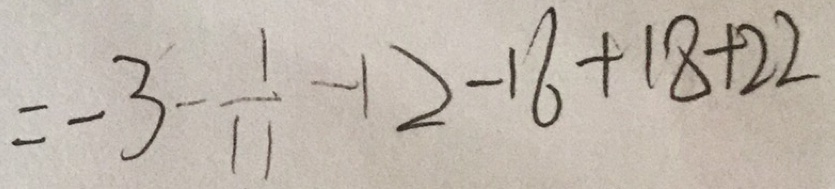
= - 3 - \frac { 1 } { 1 1 } - 1 2 - 1 6 + 1 8 + 2 2